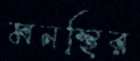
মনস্থির